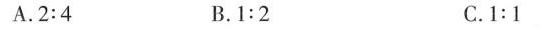
A.2:4 B.1:2 C.1:1